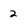
Character: 2